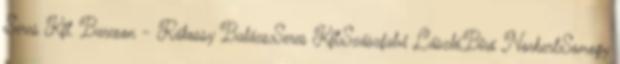
Seres Kft. Barcson - Rákossy Balázs,Seres Kft,Szászfalvi László,Biró Norbert,Somogy